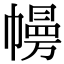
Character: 㡢